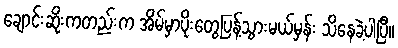
ချောင်းဆိုးကတည်းက အိမ်မှာပိုးတွေပြန့်သွားမယ်မှန်း သိနေခဲ့ပါပြီ။